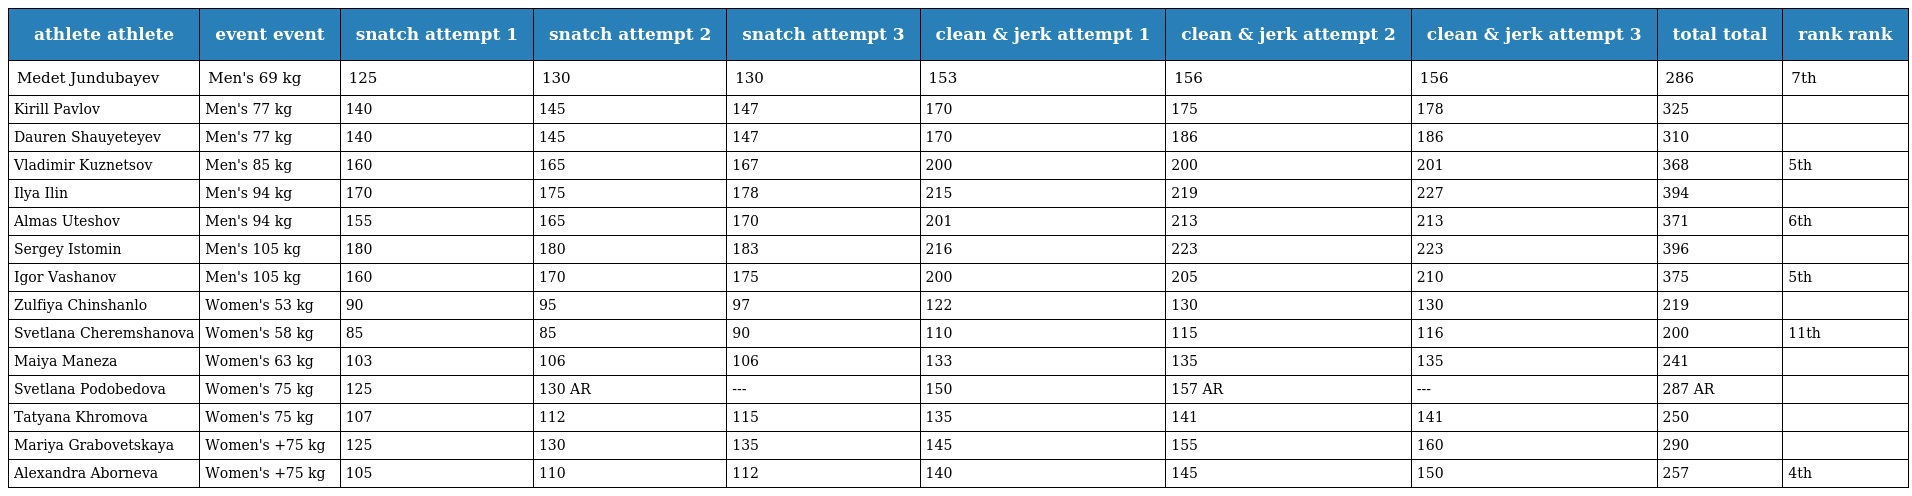
| athlete athlete | event event | snatch attempt 1 | snatch attempt 2 | snatch attempt 3 | clean & jerk attempt 1 | clean & jerk attempt 2 | clean & jerk attempt 3 | total total | rank rank |
 | --- | --- | --- | --- | --- | --- | --- | --- | --- | --- |
 | Medet Jundubayev | Men's 69 kg | 125 | 130 | 130 | 153 | 156 | 156 | 286 | 7th |
 | Kirill Pavlov | Men's 77 kg | 140 | 145 | 147 | 170 | 175 | 178 | 325 |  |
 | Dauren Shauyeteyev | Men's 77 kg | 140 | 145 | 147 | 170 | 186 | 186 | 310 |  |
 | Vladimir Kuznetsov | Men's 85 kg | 160 | 165 | 167 | 200 | 200 | 201 | 368 | 5th |
 | Ilya Ilin | Men's 94 kg | 170 | 175 | 178 | 215 | 219 | 227 | 394 |  |
 | Almas Uteshov | Men's 94 kg | 155 | 165 | 170 | 201 | 213 | 213 | 371 | 6th |
 | Sergey Istomin | Men's 105 kg | 180 | 180 | 183 | 216 | 223 | 223 | 396 |  |
 | Igor Vashanov | Men's 105 kg | 160 | 170 | 175 | 200 | 205 | 210 | 375 | 5th |
 | Zulfiya Chinshanlo | Women's 53 kg | 90 | 95 | 97 | 122 | 130 | 130 | 219 |  |
 | Svetlana Cheremshanova | Women's 58 kg | 85 | 85 | 90 | 110 | 115 | 116 | 200 | 11th |
 | Maiya Maneza | Women's 63 kg | 103 | 106 | 106 | 133 | 135 | 135 | 241 |  |
 | Svetlana Podobedova | Women's 75 kg | 125 | 130 AR | --- | 150 | 157 AR | --- | 287 AR |  |
 | Tatyana Khromova | Women's 75 kg | 107 | 112 | 115 | 135 | 141 | 141 | 250 |  |
 | Mariya Grabovetskaya | Women's +75 kg | 125 | 130 | 135 | 145 | 155 | 160 | 290 |  |
 | Alexandra Aborneva | Women's +75 kg | 105 | 110 | 112 | 140 | 145 | 150 | 257 | 4th |